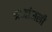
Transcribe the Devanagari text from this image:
श्रध्दांजली